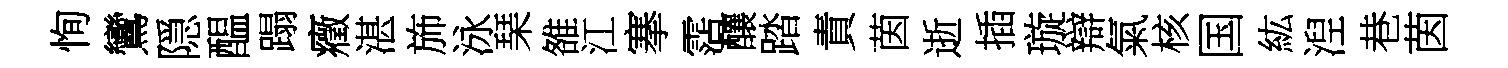
恂鸞隠醖蹋癥湛斾泳琹雒江搴霑釀踏責茵逝插璇辯氣核国紘湼巷茵